Annual returns of the Patna Lunatic Asylum at Bankipore in Bihar and Orissa - 1912-1924
Year: 1912
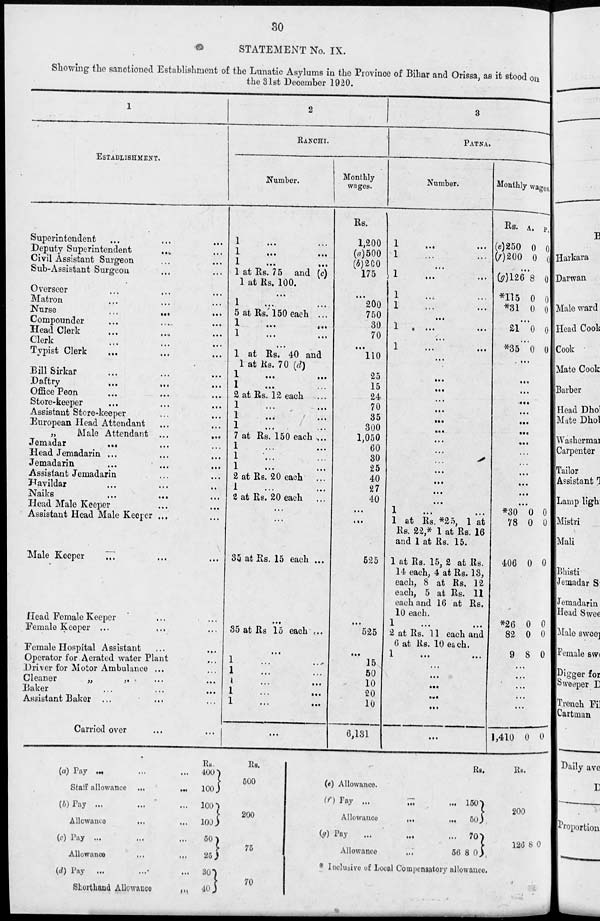
30
STATEMENT No. IX.
Showing the sanctioned Establishment of the Lunatic Asylums in the Province of Bihar and Orissa, as it stood on
the 31st December 1920.
1
ESTABLISHAMENT
Superintendent ... ... ...
Deputy Superintendent ... ...
Civil Assistant Surgeon ... ...
Sub-Assistant Surgeon ... ...
Overseer ... ... ...
Matron ... ... ...
Nurse
...
...
...
Compounder ... ... ...
Head Clerk ... ... ...
Clerk ... ... ...
Typist Clerk ... ... ...
Bill Sirkar ... ... ...
Daftry ... ... ...
Office Peon ... ... ...
Store-keeper ... ... ...
Assistant Store-keeper ... ...
European Head Attendant ... ...
„
Male Attendant
...
...
Jemadar
... ... ...
Head Jemadarin ... ... ...
Jemadarin ... ... ...
Assistant Jemadarin
Havildar ... ... ...
Naiks
...
...
Head Male Keeper ... ...
Assistant Head Male Keeper ... ...
Male Keeper ... ... ...
Head Female Keeper ... ...
Female Keeper ...
Female Hospital Assistant ... ...
Operator for Aerated water Plant
Driver for Motor Ambulance ...
Cleaner
„
,. ... ...
Baker ... ... ...
Assistant Baker ... ... ...
Carried over ... ...
2
RANCHI.
Number.
1
...
...
1
...
...
1
...
...
1 at Rs. 75 and (c)
1 at Rs. 100.
...
1
...
...
5 at Rs. 150 each ...
1
...
...
1
...
...
...
1 at Rs. 40 and
1 at Rs. 70 (d)
1
...
...
1
...
...
2 at Rs. 12 each
1
...
...
1
...
...
1
...
...
7 at Rs. 150 each ...
1
...
...
1 ... ...
1
...
...
2 at Rs. 20 each
...
1
...
...
2 at Rs. 20 each
...
...
35 at Rs. 15 each ...
...
35 at Rs 15 each ...
...
1 ... ...
1 ... ...
1 ... ...
1 ... ...
1 ... ...
...
Monthly
wages.
Rs.
1,200
(a)500
(b)200
175
...
200
750
30
70
...
110
25
15
24
70
35
300
1,050
60
30
25
40
27
40
...
...
525
...
525
...
15
50
10
20
10
6,131
3
PATNA.
Number.
1
...
...
1
...
...
...
1
...
...
1 ... ...
1
...
...
...
1
...
...
...
1
...
...
...
...
...
...
...
...
...
...
...
...
...
...
...
...
1 ... ...
1 at Rs. *25, 1 at
Rs. 22,* 1 at Rs. 16
and 1 at Rs. 15.
1 at Rs. 15, 2 at Rs.
14 each, 4 at Rs. 13,
each, 8 at Rs. 12
each, 5 at Rs. 11
each and 16 at Rs.
10 each.
1
2 at Rs. 11 each and
6 at Rs. 10 each.
1
...
...
...
...
...
...
...
...
Monthly wages
Rs.
(e)250
(f)200
A.
0
0
P.
0
0
...
(g)126
*115
*31
8
0
0
0
0
0
...
21 0 0
...
*35 0 0
...
...
...
...
...
...
...
...
...
...
...
...
...
...
*30
78
406
*26
82
9
0
0
0
0
0
8
0
0
0
0
0
0
...
...
...
...
...
1,410 0 0
(a) Pay ... ... ...
Stair allowance
...
...
(b)Pay ... ... ...
Allowance ... ... ...
(c) Pay ... ... ...
Allowance ... ...
(d) Pay ... ... ...
Shorthand Allowance ...
Rs.
400
100
100
100
50
25
30
40
Rs.
200
75
70
(e) Allowance.
(f ) Pay ... ... ...
Allowance ... ...
(g) Pay ... ... ...
Allowance
...
56
8
Rs.
150
50
70
0
Rs.
200
126 8 0
* Inclusive of Local Compensatory allowance.